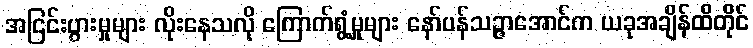
အငြင်းပွားမှုများ လိုးနေသလို ကြောက်ရွံ့မှုများ နော်ပန်သဉ္ဇာအောင်က ယခုအချိန်ထိတိုင်